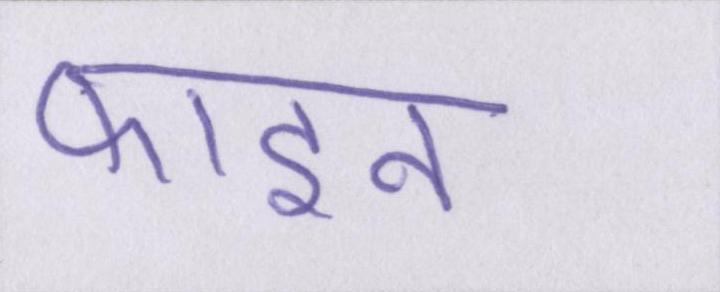
फाइन